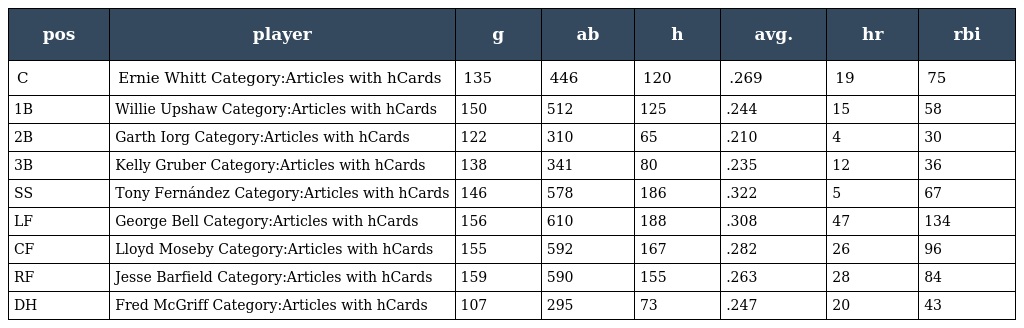
| pos | player | g | ab | h | avg. | hr | rbi |
 | --- | --- | --- | --- | --- | --- | --- | --- |
 | C | Ernie Whitt Category:Articles with hCards | 135 | 446 | 120 | .269 | 19 | 75 |
 | 1B | Willie Upshaw Category:Articles with hCards | 150 | 512 | 125 | .244 | 15 | 58 |
 | 2B | Garth Iorg Category:Articles with hCards | 122 | 310 | 65 | .210 | 4 | 30 |
 | 3B | Kelly Gruber Category:Articles with hCards | 138 | 341 | 80 | .235 | 12 | 36 |
 | SS | Tony Fernández Category:Articles with hCards | 146 | 578 | 186 | .322 | 5 | 67 |
 | LF | George Bell Category:Articles with hCards | 156 | 610 | 188 | .308 | 47 | 134 |
 | CF | Lloyd Moseby Category:Articles with hCards | 155 | 592 | 167 | .282 | 26 | 96 |
 | RF | Jesse Barfield Category:Articles with hCards | 159 | 590 | 155 | .263 | 28 | 84 |
 | DH | Fred McGriff Category:Articles with hCards | 107 | 295 | 73 | .247 | 20 | 43 |